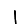
Digit: 1